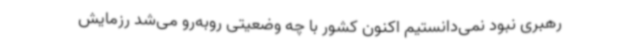
رهبری نبود نمی‌دانستیم اکنون کشور با چه وضعیتی روبه‌رو می‌شد رزمایش